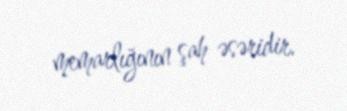
memarlığının şah əsəridir.